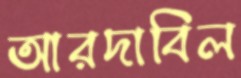
আরদাবিল